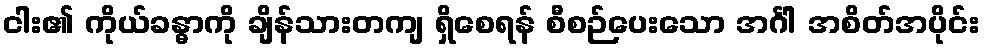
ငါး၏ ကိုယ်ခန္ဓာကို ချိန်သားတကျ ရှိစေရန် စီစဉ်ပေးသော အင်္ဂါ အစိတ်အပိုင်း